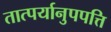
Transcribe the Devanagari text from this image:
तात्पर्यानुपपत्ति